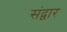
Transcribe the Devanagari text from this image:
संद्वार